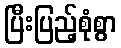
ပြီးပြည့်စုံစွာ